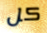
كل